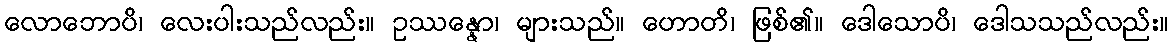
လောဘောပိ၊ လေးပါးသည်လည်း။ ဥဿန္နော၊ များသည်။ ဟောတိ၊ ဖြစ်၏။ ဒေါသောပိ၊ ဒေါသသည်လည်း။